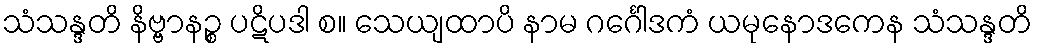
သံသန္ဒတိ နိဗ္ဗာနဉ္စ ပဋိပဒါ စ။ သေယျထာပိ နာမ ဂင်္ဂေါဒကံ ယမုနောဒကေန သံသန္ဒတိ